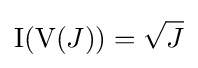
\operatorname {I} (\operatorname {V} (J))={\sqrt {J}}